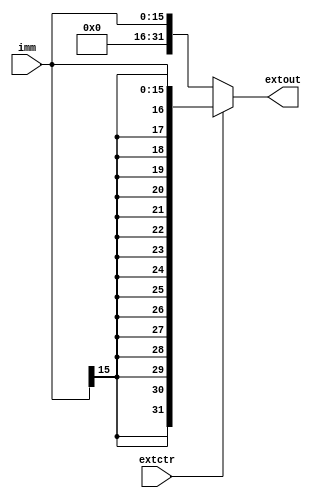
`timescale 1ns / 1ps
//////////////////////////////////////////////////////////////////////////////////
// Company: 
// Engineer: 
// 
// Design Name: 
// Module Name:    ext 
// Project Name: 
// Target Devices: 
// Tool versions: 
// Description: 
//
// Dependencies: 
//
// Revision: 
// Revision 0.01 - File Created
// Additional Comments: 
//
//////////////////////////////////////////////////////////////////////////////////
module ext(
    input [15:0] imm,
    input extctr,
    output [31:0] extout
    );
	assign extout = (extctr==0)?{16'b0, imm}:{{16{imm[15]}}, imm};

endmodule